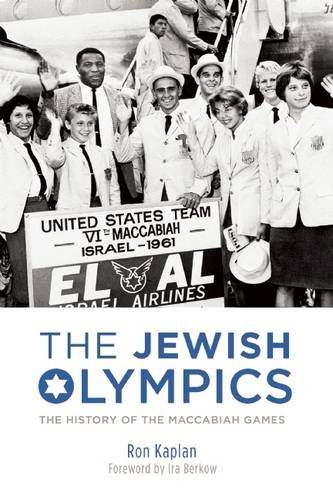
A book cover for The Jewish Olympics: The History of the Maccabiah Games; Ron Kaplan; Sports & Outdoors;